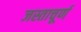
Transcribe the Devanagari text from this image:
जस्ताचूर्ण